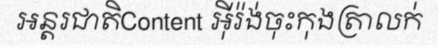
អន្តរជាតិContent អ៊ីរ៉ង់ចុះកុងត្រាលក់